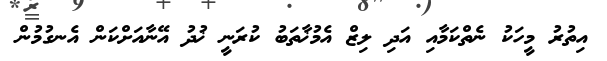
އިތުރު މީހަކު ނެތްކަމާއި އަދި ލިޒް އެމުޚާތަބު ކުރަނީ ޚުދު އޭނާއަށްކަން އެނގުމުން